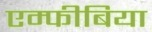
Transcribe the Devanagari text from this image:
एम्फीबिया